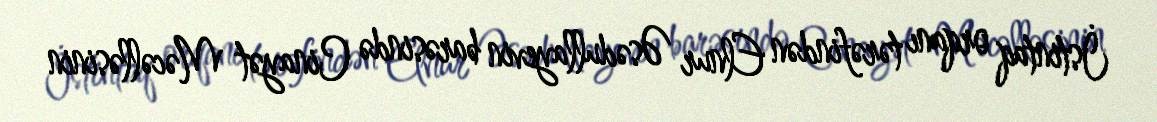
İstintaq orqanı tərəfindən Elnur Əsədullayevin barəsində Cinayət Məcəlləsinin